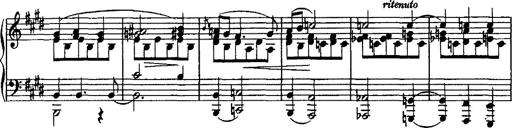
Title: Valse mÃ©lancolique
Composer: Paul Vidal
Key: F-sharp minor